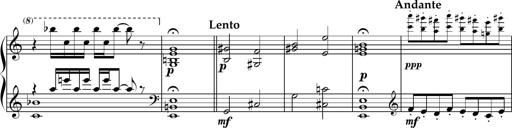
Title: Sonatine basque
Composer: Louis Sauter